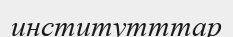
институтттар